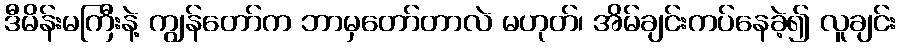
ဒီမိန်းမကြီးနဲ့ ကျွန်တော်က ဘာမှတော်တာလဲ မဟုတ်၊ အိမ်ချင်းကပ်နေခဲ့၍ လူချင်း